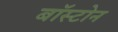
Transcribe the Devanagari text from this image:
बाॅस्टोन